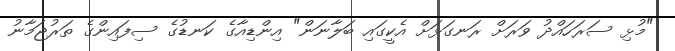
"މުޅި ސަރަހައްދު ވަރަށް ރަނގަޅަށް އެކީގައި ބަލާނަން" އިންޑިއާގެ ކަނޑުގެ ސިފައިންގެ ތަރުޖަމާނު